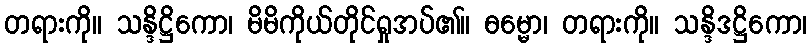
တရားကို။ သန္ဒိဋ္ဌိကော၊ မိမိကိုယ်တိုင်ရှုအပ်၏။ ဓမ္မော၊ တရားကို။ သန္ဒိဒဋ္ဌိကော၊